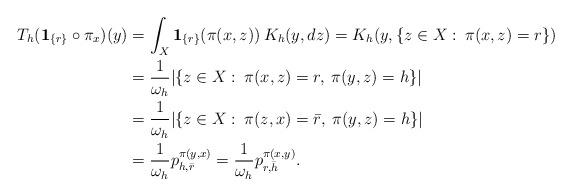
LaTeX: \begin{align*}T_h({\bf 1}_{\{r\}}\circ\pi_x)(y)&= \int_X {\bf 1}_{\{r\}}(\pi(x,z))\> K_h(y,dz)= K_h(y, \{z\in X:\> \pi(x,z)=r\})\\&=\frac{1}{\omega_h}|\{z\in X:\> \pi(x,z)=r, \> \pi(y,z)=h\}|\\&=\frac{1}{\omega_h}|\{z\in X:\> \pi(z,x)=\bar r, \> \pi(y,z)=h\}|\\&= \frac{1}{\omega_h}p_{h,\bar r}^{\pi(y,x)}=\frac{1}{\omega_h} p_{r,\bar h}^{\pi(x,y)}. \end{align*}